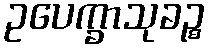
ဥပေက္ခာသုခဉ္စ